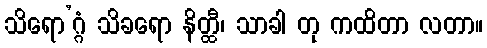
သိရော’ဂ္ဂံ သိခရော နိတ္ထီ၊ သာခါ တု ကထိတာ လတာ။